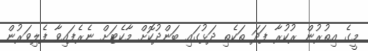
މީގެ އިތުރުން ރުކުރާ ފަދަ ތަކެތި ދަޅުގައި ބަންދުކޮށް މާކެޓަށް ނެރެފައިވާ ފެލިވަރުން